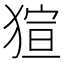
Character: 𤟿